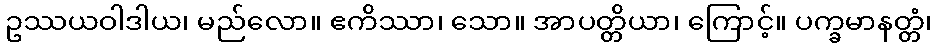
ဥဿယဝါဒါယ၊ မည်လော။ ဧကိဿာ၊ သော။ အာပတ္တိယာ၊ ကြောင့်။ ပက္ခမာနတ္တံ၊